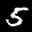
Label: 5